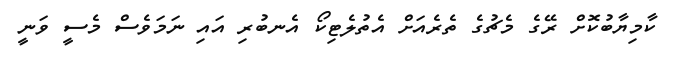
ކާމިޔާބުކޮށް ރޭގެ މެޗުގެ ތެރެއަށް އެތުލެޓިކޯ އެނބުރި އައި ނަމަވެސް މެސީ ވަނީ